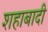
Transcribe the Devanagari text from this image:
शहाबादी